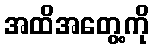
အထိအတွေ့ကို